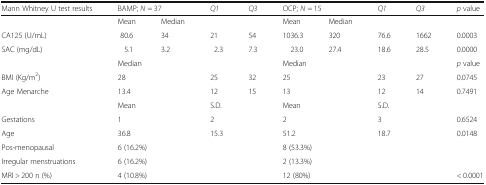
<table><thead><tr><td><b>Mann Whitney U test results</b></td><td colspan="2"><b>BAMP; <i>N</i> = 37</b></td><td><b><i>Q1</i></b></td><td><b><i>Q3</i></b></td><td colspan="2"><b>OCP; <i>N</i> = 15</b></td><td><b><i>Q1</i></b></td><td><b><i>Q3</i></b></td><td><b><i>p</i> value</b></td></tr></thead><tbody><tr><td></td><td>Mean</td><td>Median</td><td></td><td></td><td>Mean</td><td>Median</td><td></td><td></td><td></td></tr><tr><td>CA125 (U/mL)</td><td>80.6</td><td>34</td><td>21</td><td>54</td><td>1036.3</td><td>320</td><td>76.6</td><td>1662</td><td>0.0003</td></tr><tr><td>SAC (mg/dL)</td><td>5.1</td><td>3.2</td><td>2.3</td><td>7.3</td><td>23.0</td><td>27.4</td><td>18.6</td><td>28.5</td><td>0.0000</td></tr><tr><td></td><td colspan="2">Median</td><td colspan="2"></td><td colspan="2">Median</td><td colspan="2"></td><td><i>p</i> value</td></tr><tr><td>BMI (Kg/m<sup>2</sup>)</td><td colspan="2">28</td><td>25</td><td>32</td><td colspan="2">25</td><td>23</td><td>27</td><td>0.0745</td></tr><tr><td>Age Menarche</td><td colspan="2">13.4</td><td>12</td><td>15</td><td colspan="2">13</td><td>12</td><td>14</td><td>0.7491</td></tr><tr><td></td><td colspan="2">Mean</td><td colspan="2">S.D.</td><td colspan="2">Mean</td><td colspan="2">S.D.</td><td></td></tr><tr><td>Gestations</td><td colspan="2">1</td><td colspan="2">2</td><td colspan="2">2</td><td colspan="2">3</td><td>0.6524</td></tr><tr><td>Age</td><td colspan="2">36.8</td><td colspan="2">15.3</td><td colspan="2">51.2</td><td colspan="2">18.7</td><td>0.0148</td></tr><tr><td>Pos-menopausal</td><td colspan="2">6 (16.2%)</td><td colspan="2"></td><td colspan="2">8 (53.3%)</td><td colspan="2"></td><td></td></tr><tr><td>Irregular menstruations</td><td colspan="2">6 (16.2%)</td><td colspan="2"></td><td colspan="2">2 (13.3%)</td><td colspan="2"></td><td></td></tr><tr><td>MRI &gt; 200 n (%)</td><td colspan="2">4 (10.8%)</td><td colspan="2"></td><td colspan="2">12 (80%)</td><td colspan="2"></td><td>&lt; 0.0001</td></tr></tbody></table>